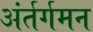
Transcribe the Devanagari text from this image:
अंर्तर्गमन